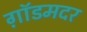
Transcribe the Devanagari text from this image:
ग़ॉडमदर